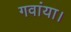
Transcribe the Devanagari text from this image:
गवांया।